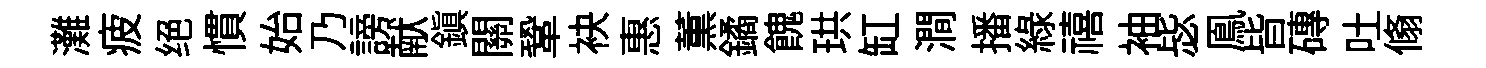
灘疲绝慣始乃謗献鎮關鞏袂惠薫鐍餽珙缸澗播綠禧袖毖鳯𣅜磚吐翛